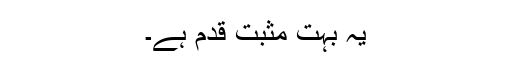
یہ بہت مثبت قدم ہے۔